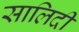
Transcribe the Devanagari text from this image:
सालिदी